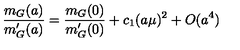
{ \frac { m _ { G } ( a ) } { m _ { G } ^ { \prime } ( a ) } } = { \frac { m _ { G } ( 0 ) } { m _ { G } ^ { \prime } ( 0 ) } } + c _ { 1 } ( a \mu ) ^ { 2 } + O ( a ^ { 4 } )